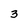
Character: 3